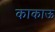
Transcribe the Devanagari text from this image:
काकाऊ